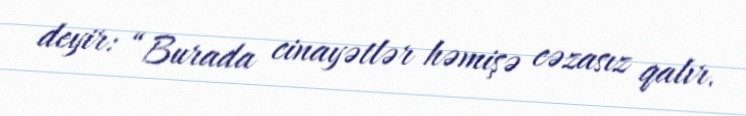
deyir: “Burada cinayətlər həmişə cəzasız qalır.